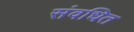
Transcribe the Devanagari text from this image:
संवधित